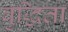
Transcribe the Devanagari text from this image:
बुद्धिता